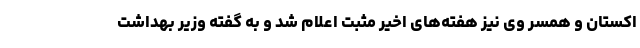
اکستان و همسر وی نیز هفته‌های اخیر مثبت اعلام شد و به گفته وزیر بهداشت